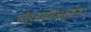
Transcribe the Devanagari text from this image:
पोर्टलंडपर्यंत